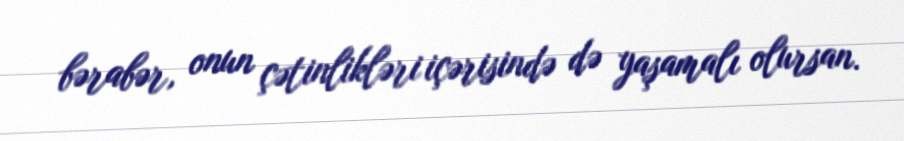
bərabər, onun çətinlikləri içərisində də yaşamalı olursan.